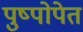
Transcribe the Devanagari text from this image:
पुष्पोपेत